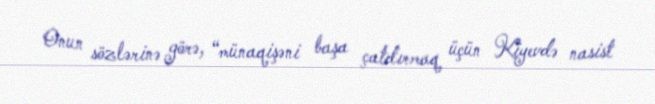
Onun sözlərinə görə, “münaqişəni başa çatdırmaq üçün Kiyevdə nasist